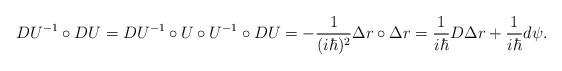
LaTeX: \begin{align*}DU^{-1}\circ DU=DU^{-1}\circ U\circ U^{-1}\circ DU=-\frac 1{(i\hbar)^2}\Delta r\circ \Delta r=\frac 1{i\hbar }D\Delta r+\frac 1{i\hbar }d\psi .\end{align*}